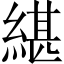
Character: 𦂼